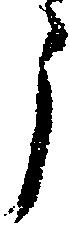
う